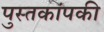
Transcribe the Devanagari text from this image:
पुस्तकांपकी